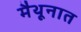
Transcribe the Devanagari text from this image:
मैथूनात